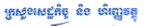
ក្រសួងសេដ្ឋកិច្ច និង ហិរញ្ញវត្ថុ